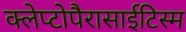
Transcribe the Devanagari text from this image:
क्लेप्टोपैरासाईटिस्म